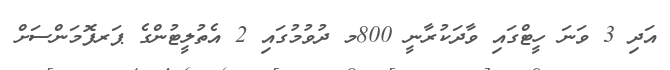
އަދި 3 ވަނަ ހީޓްގައި ވާދަކުރާނީ 800މ ދުވުމުގައި 2 އެތުލީޓުންގެ ޕަރފޮމަންސަށް